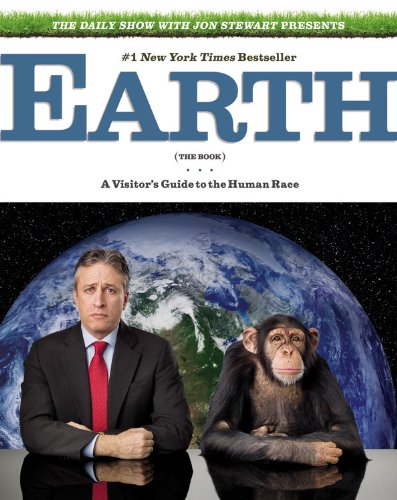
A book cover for The Daily Show with Jon Stewart Presents Earth (The Book): A Visitor's Guide to the Human Race; Jon Stewart; Humor & Entertainment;